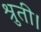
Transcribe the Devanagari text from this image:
श्रुती।